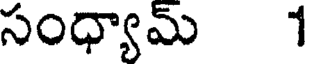
సంధ్యామ్ 1